Applicability to medico-legal practice in India of the biochemical tests for the origin of blood-stains - Number 39
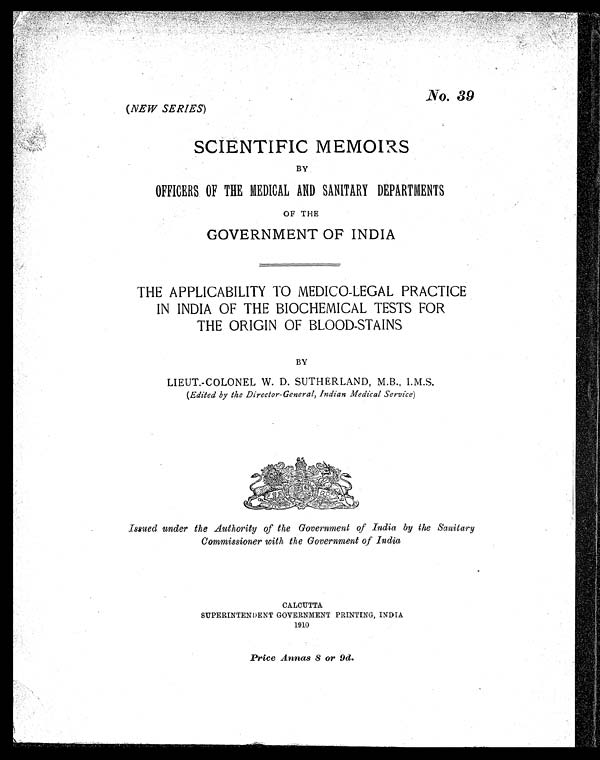
No. 39
(NEW SERIES)
SCIENTIFIC MEMOIRS
BY
OFFICERS OF THE MEDICAL AND SANITARY DEPARTMENTS
OF THE
GOVERNMENT OF INDIA
THE APPLICABILITY TO MEDICO-LEGAL PRACTICE
IN INDIA OF THE BIOCHEMICAL TESTS FOR
THE ORIGIN OF BLOOD-STAINS
BY
LIEUT.-COLONEL W. D. SUTHERLAND, M.B., I.M.S.
(Edited by the Director-General, Indian Medical Service)
Issued under the Authority of the Government of India by the Sanitary
Commissioner with the Government of India
CALCUTTA
SUPERINTENDENT GOVERNMENT PRINTING, INDIA
1910
Price Annas 8 or 9d.